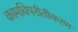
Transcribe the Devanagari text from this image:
कामविपरीतीकरण